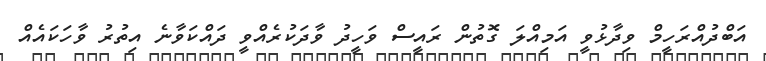
އަބްދުއްރަހީމް ވިދާޅުވީ އަމިއްލަ ގޮތުން ރައީސް ވަހީދު ވާދަކުރެއްވީ ދައްކަވާނެ އިތުރު ވާހަކައެއް